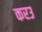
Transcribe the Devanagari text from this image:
करउ